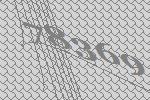
78369